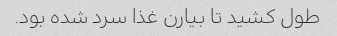
طول کشید تا بیارن غذا سرد شده بود.